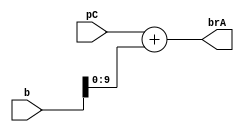
`timescale 1ns / 1ps
//////////////////////////////////////////////////////////////////////////////////
// Company: 
// Engineer: 
// 
// Design Name: 
// Module Name: adder
// Project Name: 
// Target Devices: 
// Tool Versions: 
// Description: 
// 
// Dependencies: 
// 
// Revision:
// Revision 0.01 - File Created
// Additional Comments:
// 
//////////////////////////////////////////////////////////////////////////////////


module adder(
    input      [9:0]   pC,
    input      [31:0]   b,
    output reg [9:0]  brA
    );

always @ (*) begin
    brA = {22'b0,pC} + b;
end

endmodule